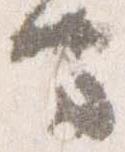
守